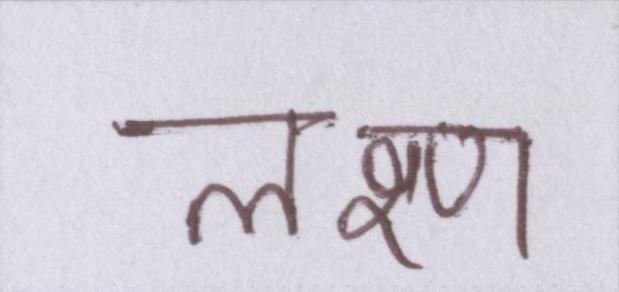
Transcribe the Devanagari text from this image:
लक्ष्ण